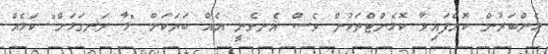
މެންބަރުން ކޮށްފައިވާ ކޮމެންޓްތަކުން ވެސް އެނގެނީ އެއް ބަޔަކަށް "މާ ރަނގަޅަށް" ކަމެއް